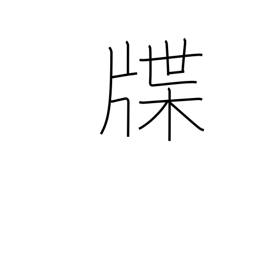
Meaning: genealogy